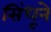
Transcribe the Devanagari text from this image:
सिंधूने